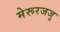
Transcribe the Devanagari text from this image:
मेरूरजजु